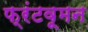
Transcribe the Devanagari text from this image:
फ्रंटवूमन